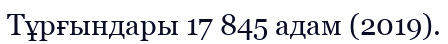
Тұрғындары 17 845 адам (2019).